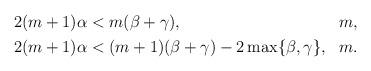
LaTeX: \begin{align*} \begin{aligned} & 2(m+1)\alpha < m(\beta+\gamma), & & m, \\ & 2(m+1)\alpha < (m+1)(\beta+\gamma)-2\max\{\beta,\gamma\}, & & m. \end{aligned} \end{align*}